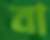
বা